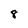
Character: 8